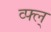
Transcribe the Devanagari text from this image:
व्फ्ल्